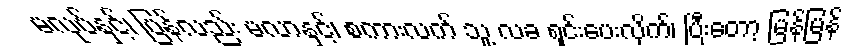
မလုပ်နှင့်၊ ပြန်လည်း မလာနှင့်၊ စကားလက် သူ့ လခ ရှင်းပေးလိုက်၊ ပြီးတော့ မြန်မြန်